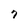
Character: 7